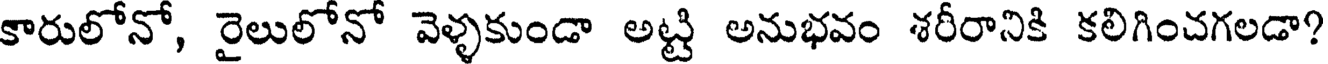
కారులోనో, రైలులోనో వెళ్ళకుండా అట్టి అనుభవం శరీరానికి కలిగించగలడా?